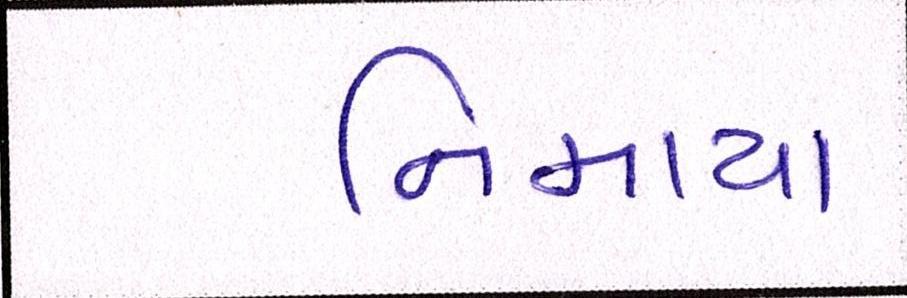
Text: નિમાયા